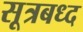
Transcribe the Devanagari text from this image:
सूत्रबध्द